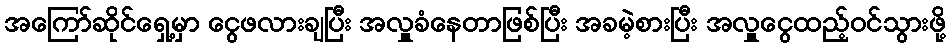
အကြော်ဆိုင်ရှေ့မှာ ငွေဖလားချပြီး အလှူခံနေတာဖြစ်ပြီး အခမဲ့စားပြီး အလှူငွေထည့်ဝင်သွားဖို့